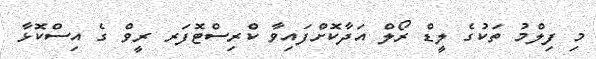
މި ފިލްމު ތަކުގެ ލީޑް ރޯލް އަދާކޮށްފައިވާ ކްރިސްޓޮފަރ ރީވް ގެ އިސްކޮޅާ